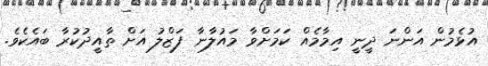
އުޅެމުން އަންނަ ދީނީ އިމާމެއް ކަމަށްވާ މައުލާނާ ފަޒްލު އަށް ތާއީދުކުރާ ބައެކެވެ.